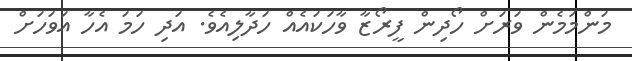
މަންމަމެން ވަރަށް ހޯދިން ފީރޯޒާ ވާހަކައެއް ހަދާލިއެވެ. އަދި ހަމަ އެހާ އަވަހަށް